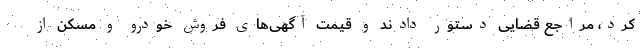
کرد، مراجع قضایی دستور دادند و قیمت آگهی‌های فروش خودرو و مسکن از